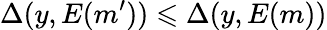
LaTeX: \Delta(y,E(m^{\prime}))\leqslant\Delta(y,E(m))